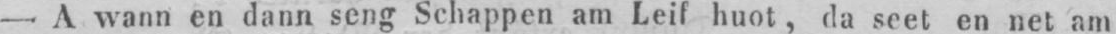
- A wann en dann seng Schappen am Leif huot, da seet en net am